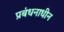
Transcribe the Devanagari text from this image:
प्रबंधनाधीन